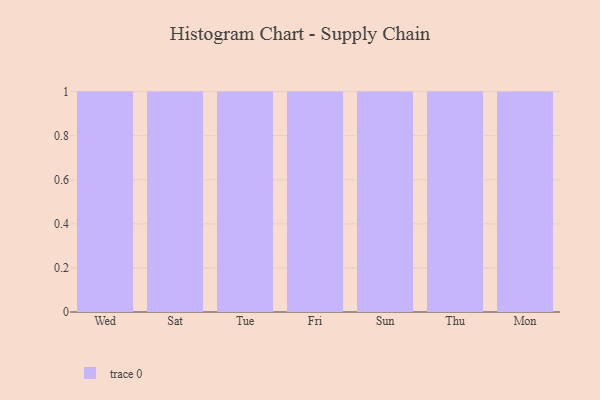
{"axis": {"x": "Day", "y": "Production Output"}, "legend": [""], "data": [{"x": "Wed", "y": 57, "type": ""}, {"x": "Sat", "y": 81, "type": ""}, {"x": "Tue", "y": 94, "type": ""}, {"x": "Fri", "y": 93, "type": ""}, {"x": "Sun", "y": 86, "type": ""}, {"x": "Thu", "y": 37, "type": ""}, {"x": "Mon", "y": 95, "type": ""}]}